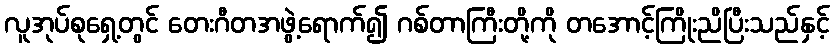
လူအုပ်စုရှေ့တွင် တေးဂီတအဖွဲ့ရောက်၍ ဂစ်တာကြီးတို့ကို တအောင့်ကြိုးညိပြီးသည်နှင့်